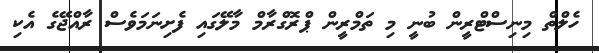
ހެލްތް މިނިސްޓްރީން ބުނީ މި ތަމްރީން ޕްރޮގްރާމް މާލޭގައި ފެށިނަމަވެސް ރާއްޖޭގެ އެކި